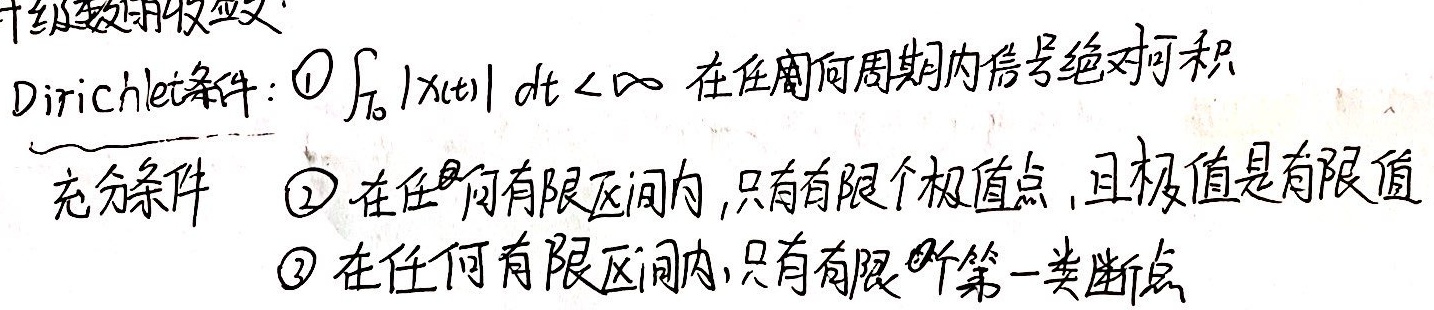
Dirichlet条件：
1. \(\int_{T_{0}}|x(t)|dt<\infty\) （在任何周期内信号绝对可积，充分条件）
2. 在任何有限区间内，只有有限个极值点，且极值是有限值
3. 在任何有限区间内，只有有限个第一类断点